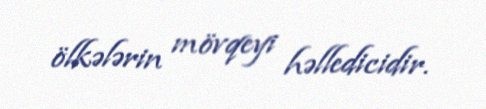
ölkələrin mövqeyi həlledicidir.